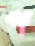
প